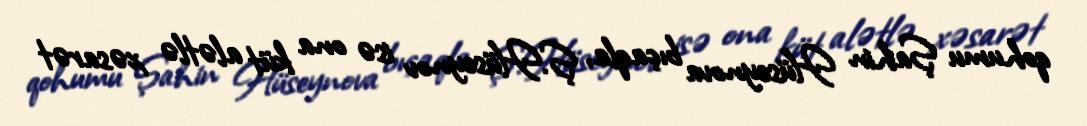
qohumu Şahin Hüseynova bıçaqla, Ş.Hüseynov isə ona küt alətlə xəsarət